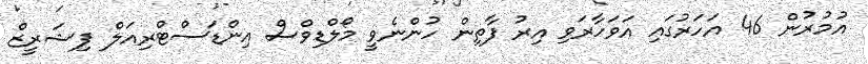
އުމުރުން 46 އަހަރުގައި އަވަހާރަވި އިރު ފާތިން ހުންނެވީ މޯލްޑިވްސް އިންޑަސްޓްރިއަލް ފިޝަރީޒް